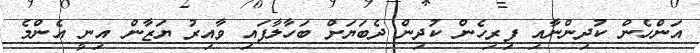
އަންހެން ކުދިންނާއި ފިރިހެން ކުދިން ދެބަޔަށް ބަހާލާފައި ވާއިރު ޔަޒާން އިނީ އެންމެ